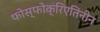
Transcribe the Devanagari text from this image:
फोस्फोक्रिएतिनीन